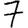
Digit: 7